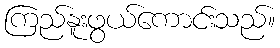
ကြည်နူးဖွယ်ကောင်းသည်။